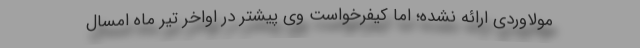
مولاوردی ارائه نشده؛ اما کیفرخواست وی پیشتر در اواخر تیر ماه امسال